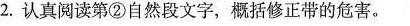
2.认真阅读第②自然段文字，概括修正带的危害。